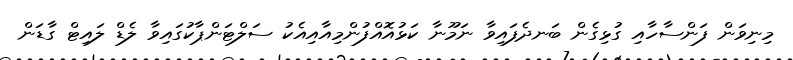
މިނިވަން ފަންސާހާއި ގުޅިގެން ބަނދެފައިވާ ނަމޫނާ ކަޅުއޮއްފުންމިއާއިއެކު ސަލްޓަންޕާކުގައިވާ ލެޑް ލައިޓް ގާޑަން